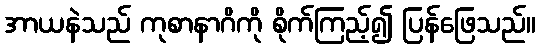
အာယနဲသည် ကုစာနာဂိကို စိုက်ကြည့်၍ ပြန်ဖြေသည်။